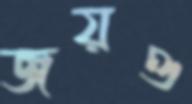
জয়ও